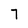
Character: 7